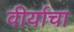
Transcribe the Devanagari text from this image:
वीर्याचा